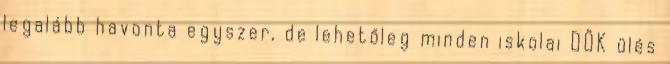
legalább havonta egyszer, de lehetőleg minden iskolai DÖK ülés